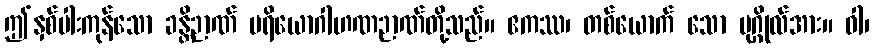
ဤနှစ်ပါးကုန်သော ခန္တိဉာဏ် ပရိယောဂါဟဏဉာဏ်တို့သည်။ ဧကဿ၊ တစ်ယောက် သော ပုဂ္ဂိုလ်အား။ ဝါ၊